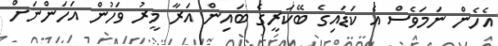
އެހެން ނަމަވެސް އެ ކަޑައިގެ ބޭކަރީގެ ބައިން އަރާ މީރު ވަހުން އަހަންނަށް